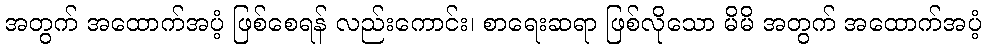
အတွက် အထောက်အပံ့ ဖြစ်စေရန် လည်းကောင်း၊ စာရေးဆရာ ဖြစ်လိုသော မိမိ အတွက် အထောက်အပံ့